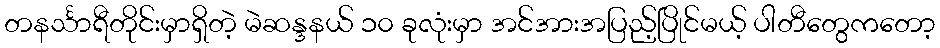
တနင်္သာရီတိုင်းမှာရှိတဲ့ မဲဆန္ဒနယ် ၁၀ ခုလုံးမှာ အင်အားအပြည့်ပြိုင်မယ့် ပါတီတွေကတော့